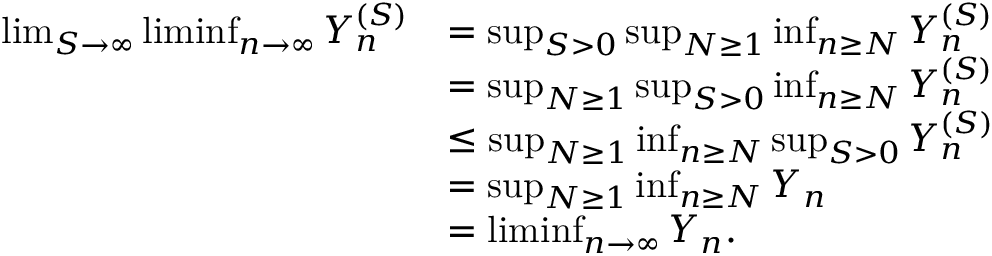
\begin{array} { r l } { \operatorname* { l i m } _ { S \to \infty } \operatorname* { l i m i n f } _ { n \to \infty } Y _ { n } ^ { ( S ) } } & { = \operatorname* { s u p } _ { S > 0 } \operatorname* { s u p } _ { N \geq 1 } \operatorname* { i n f } _ { n \geq N } Y _ { n } ^ { ( S ) } } \\ & { = \operatorname* { s u p } _ { N \geq 1 } \operatorname* { s u p } _ { S > 0 } \operatorname* { i n f } _ { n \geq N } Y _ { n } ^ { ( S ) } } \\ & { \leq \operatorname* { s u p } _ { N \geq 1 } \operatorname* { i n f } _ { n \geq N } \operatorname* { s u p } _ { S > 0 } Y _ { n } ^ { ( S ) } } \\ & { = \operatorname* { s u p } _ { N \geq 1 } \operatorname* { i n f } _ { n \geq N } Y _ { n } } \\ & { = \operatorname* { l i m i n f } _ { n \to \infty } Y _ { n } . } \end{array}